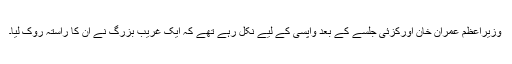
وزیراعظم عمران خان اورکزئی جلسے کے بعد واپسی کے لیے نکل رہے تھے کہ ایک غریب بزرگ نے ان کا راستہ روک لیا۔